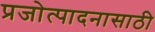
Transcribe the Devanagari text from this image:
प्रजोत्पादनासाठी